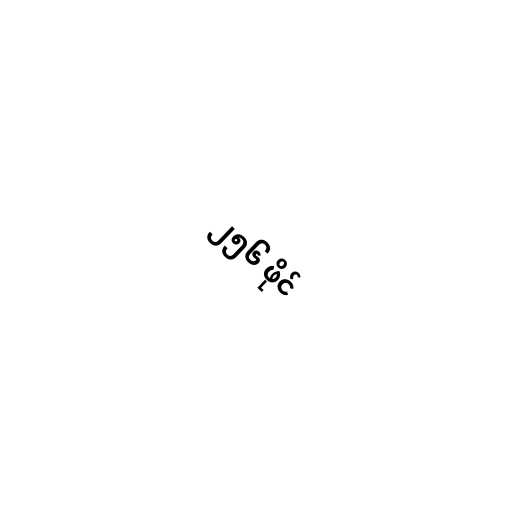
၂၅၆ ဖိုင်